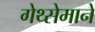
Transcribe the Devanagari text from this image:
गेथ्सेमाने